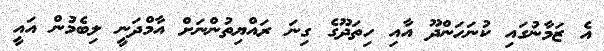
އެ ޒަމާނުގައި ކުނަހަންދޫ އާއި ހިތަދޫގެ ގިނަ ރައްޔިތުންނަށް އާމްދަނީ ލިބެމުން އައީ